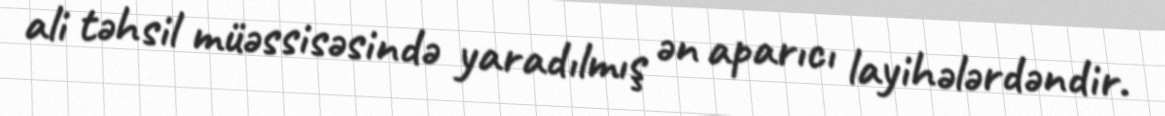
ali təhsil müəssisəsində yaradılmış ən aparıcı layihələrdəndir.